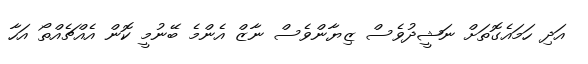
އަދި ހަމައެގޮތަށް ނަޝީދުވެސް ޒިޔާންވެސް ނާޒް އެންމެ ބޭނުމީ ކޮން އެއްޗެއްތޯ އަހާ